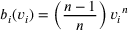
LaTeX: b _ { i } ( v _ { i } ) = \left( { \frac { n - 1 } { n } } \right) { v _ { i } } ^ { n }